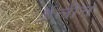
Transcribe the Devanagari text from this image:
ईलीन